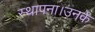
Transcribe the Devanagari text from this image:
स्थापना।उनके